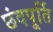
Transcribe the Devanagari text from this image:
छंदपूर्ति